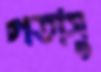
গতাসু